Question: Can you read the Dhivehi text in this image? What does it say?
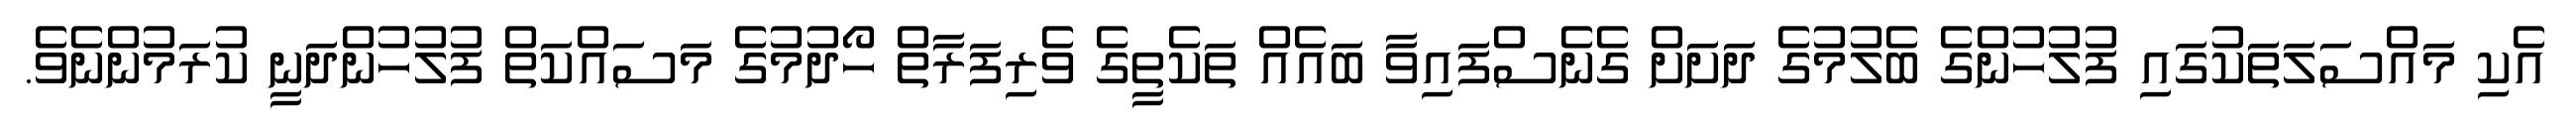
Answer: އެކި މައްސަލަތަކުގައި ފުލުހުންގެ ބެލުމުގެ ދަށަށް ގެނެސްފައިވާ ބައެއް ތަކެތީގެ ވެރިފަރާތް ހޯދުމުގެ މަސައްކަތް ފުލުހުންދަނީ ކުރަމުންނެވެ.